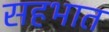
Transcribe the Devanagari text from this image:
सहभात